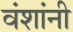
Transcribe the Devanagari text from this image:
वंशांनी